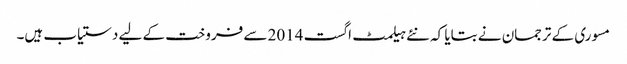
مسوری کے ترجمان نے بتایا کہ نئے ہیلمٹ اگست 2014 سے فروخت کے لیے دستیاب ہیں۔